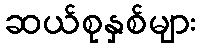
ဆယ်စုနှစ်များ